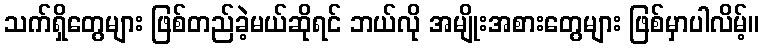
သက်ရှိတွေများ ဖြစ်တည်ခဲ့မယ်ဆိုရင် ဘယ်လို အမျိုးအစားတွေများ ဖြစ်မှာပါလိမ့်။